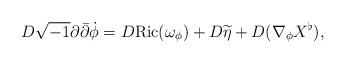
LaTeX: \begin{align*}D \sqrt{-1} \partial \bar{\partial} \dot{\phi} =D {\rm Ric}(\omega_{\phi})+D \widetilde{\eta}+D(\nabla_{\phi} X^{\flat}),\end{align*}